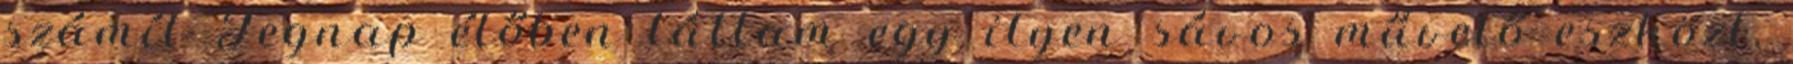
számít Tegnap élőben láttam egy ilyen sávos művelő eszközt,